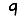
Digit: 9